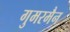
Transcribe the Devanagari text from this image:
गुमरमैन